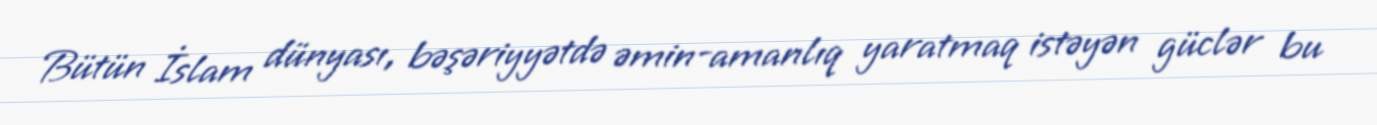
Bütün İslam dünyası, bəşəriyyətdə əmin-amanlıq yaratmaq istəyən güclər bu